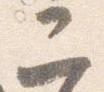
二